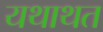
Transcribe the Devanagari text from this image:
यथाथत